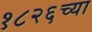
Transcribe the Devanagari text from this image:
१८२६च्या